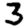
Digit: 3